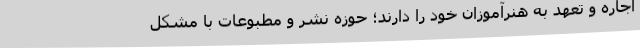
اجاره و تعهد به هنرآموزان خود را دارند؛ حوزه نشر و مطبوعات با مشکل